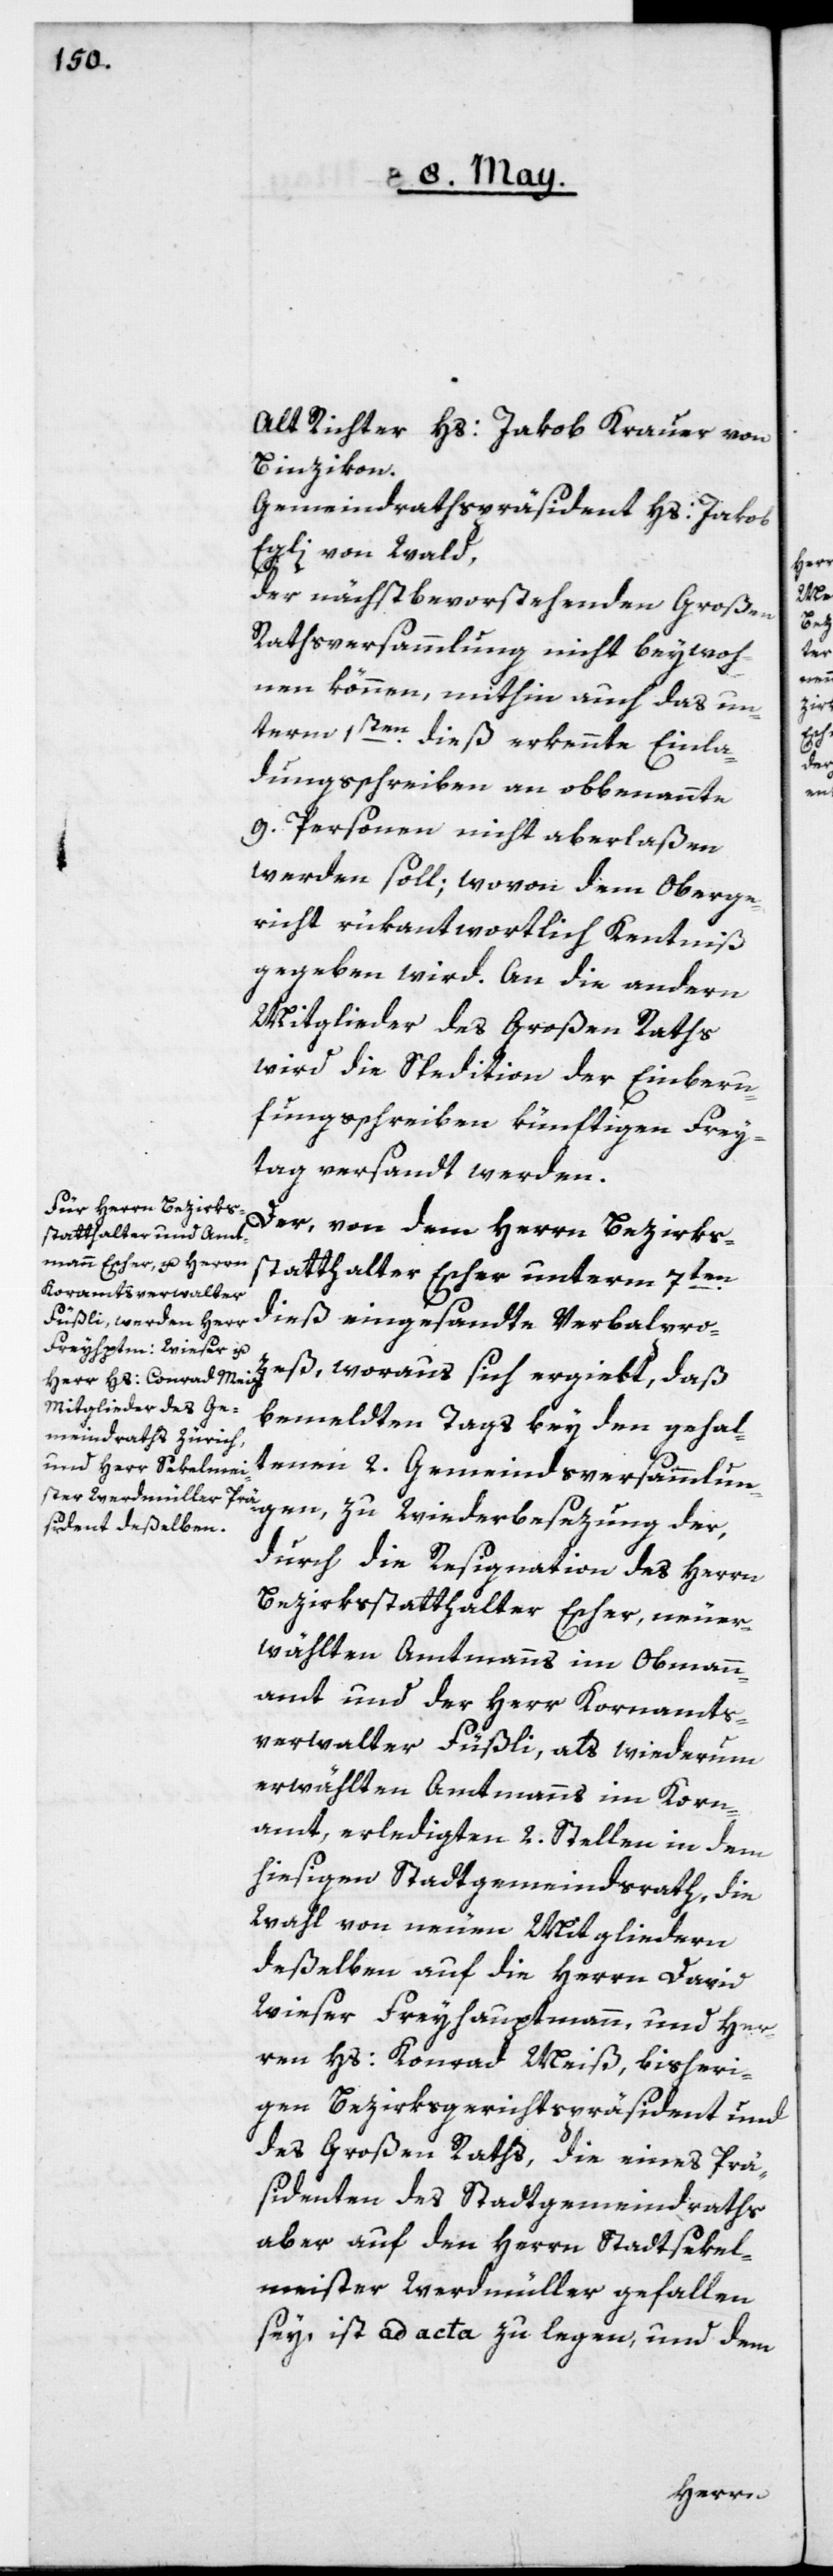
Alt Richter Hs: Jakob Krauer von
Binzikon.
Gemeindrathspräsident Hs: Jakob
Egli von Wald,
der nächstbevorstehenden Großen
Rathsversammlung nicht beywoh¬
nen können, mithin auch das un¬
term 1sten dieß erkennte Einla¬
dungsschreiben an obbenannte
9. Personen nicht aberlaßen
werden soll; wovon dem Oberge¬
richt rükantwortlich Kenntniß
gegeben wird. An die andern
Mitglieder des Großen Raths
wird die Spedition der Einberu¬
fungsschreiben künftigen Frey¬
tag versandt werden.
Der, von dem Herrn Bezirks¬
statthalter Escher unterm 7ten
dieß eingesandte Verbalpro¬
zeß, woraus sich ergiebt, daß
bemeldten Tags bey den gehal¬
tenen 2. Gemeindsversammlungen,
durch die Resignation des Herrn
Bezirksstatthalter Escher, neuer¬
wählten Amtmanns im Obmann¬
amt und der Herr Kornamts¬
verwalter Füßli, als wiederum
erwählten Amtmanns im Korn¬
amt, erledigten 2. Stellen in dem
hiesigen Stadtgemeindsrath, die
Wahl von neuen Mitgliedern
deßelben auf die Herrn David
Wieser Freyhauptmann, und Her¬
ren Hs: Konrad Meiß, bisheri¬
gen Bezirksgerichtspräsident und
des Großen Raths, die eines Prä¬
sidenten des Stadtgemeindraths,
aber auf den Herrn Stadtsekel¬
meister Werdmüller gefallen
sey, ist ad acta zu legen, und dem